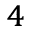
^ 4